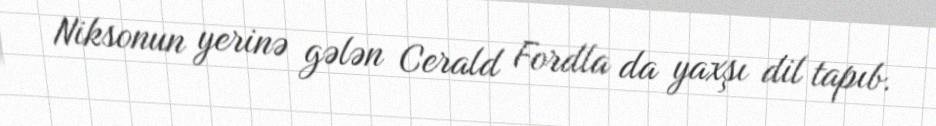
Niksonun yerinə gələn Cerald Fordla da yaxşı dil tapıb.